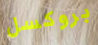
بروكسل